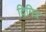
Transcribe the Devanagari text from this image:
दिमित्र